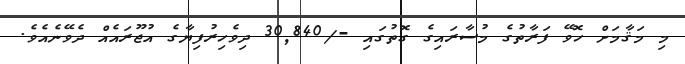
މި މަޤާމަށް ހޮވޭ ފަރާތުގެ މުސާރައިގެ ގޮތުގައި -/30